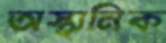
অস্থানিক